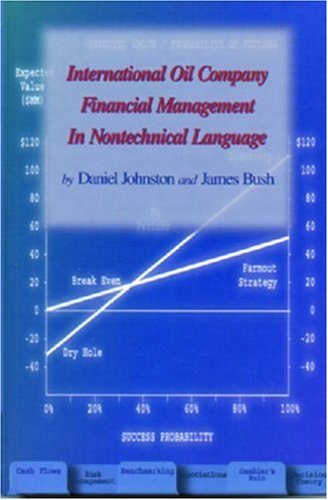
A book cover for International Oil Company Financial Management in Nontechical Language (Pennwell Nontechnical Series); James Bush; Business & Money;